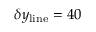
\delta y _ { \mathrm { l i n e } } = 4 0